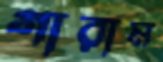
গারাম